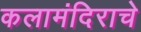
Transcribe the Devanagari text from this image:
कलामंदिराचे